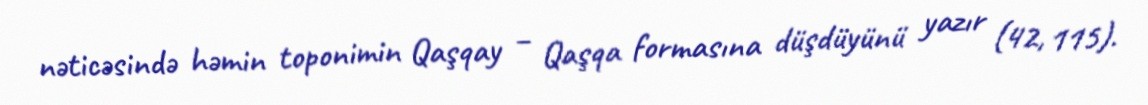
nəticəsində həmin toponimin Qaşqay – Qaşqa formasına düşdüyünü yazır (42, 115).